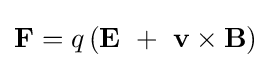
\mathbf {F} =q\left(\mathbf {E} \ +\ \mathbf {v} \times \mathbf {B} \right)